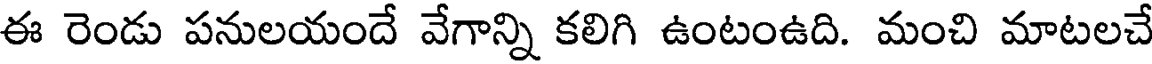
ఈ రెండు పనులయందే వేగాన్ని కలిగి ఉంటంఉది. మంచి మాటలచే